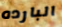
البارده